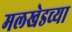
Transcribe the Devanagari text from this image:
मलखेडच्या